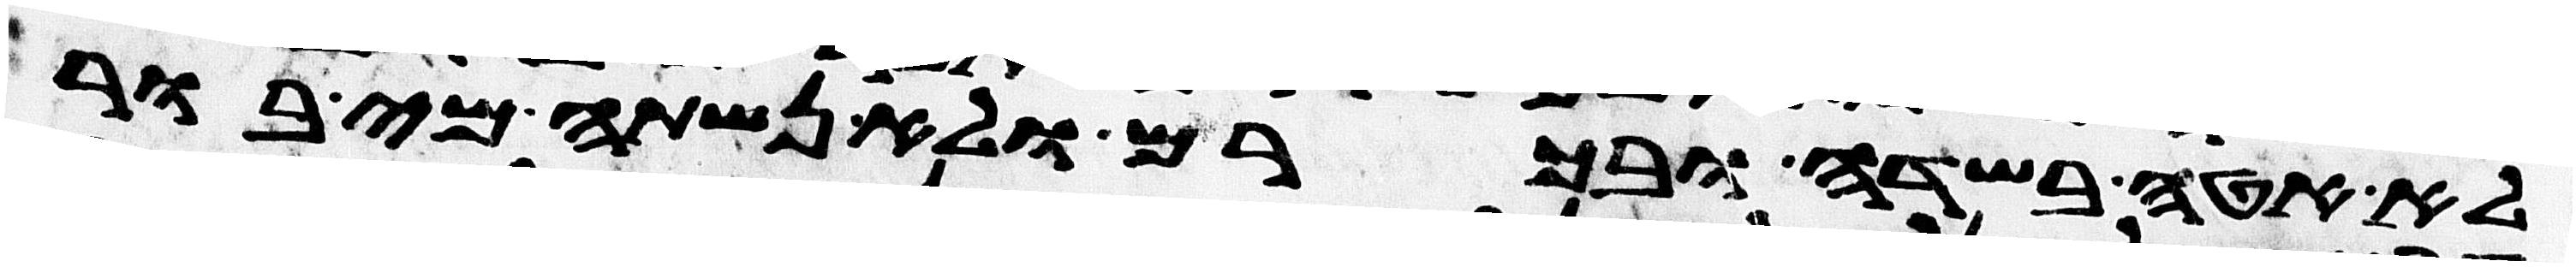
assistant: לא אטה בשדה ובכרם ולא נשתה מי בור